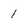
Character: 1